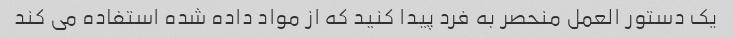
یک دستور العمل منحصر به فرد پیدا کنید که از مواد داده شده استفاده می کند